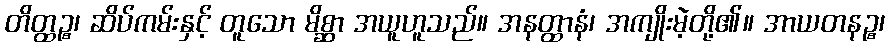
တိတ္ထဉ္စ၊ ဆိပ်ကမ်းနှင့် တူသော မိစ္ဆာ အယူဟူသည်။ အနတ္ထာနံ၊ အကျိုးမဲ့တို့၏။ အာယတနဉ္စ၊